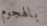
بالهجوم